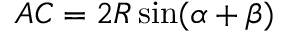
A C = 2 R \sin ( \alpha + \beta )